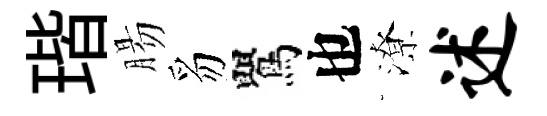
瑎腸豸鸎也潦述